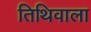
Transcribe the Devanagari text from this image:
तिथिवाला